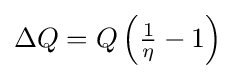
{\textstyle \Delta Q=Q\left({\frac {1}{\eta }}-1\right)}